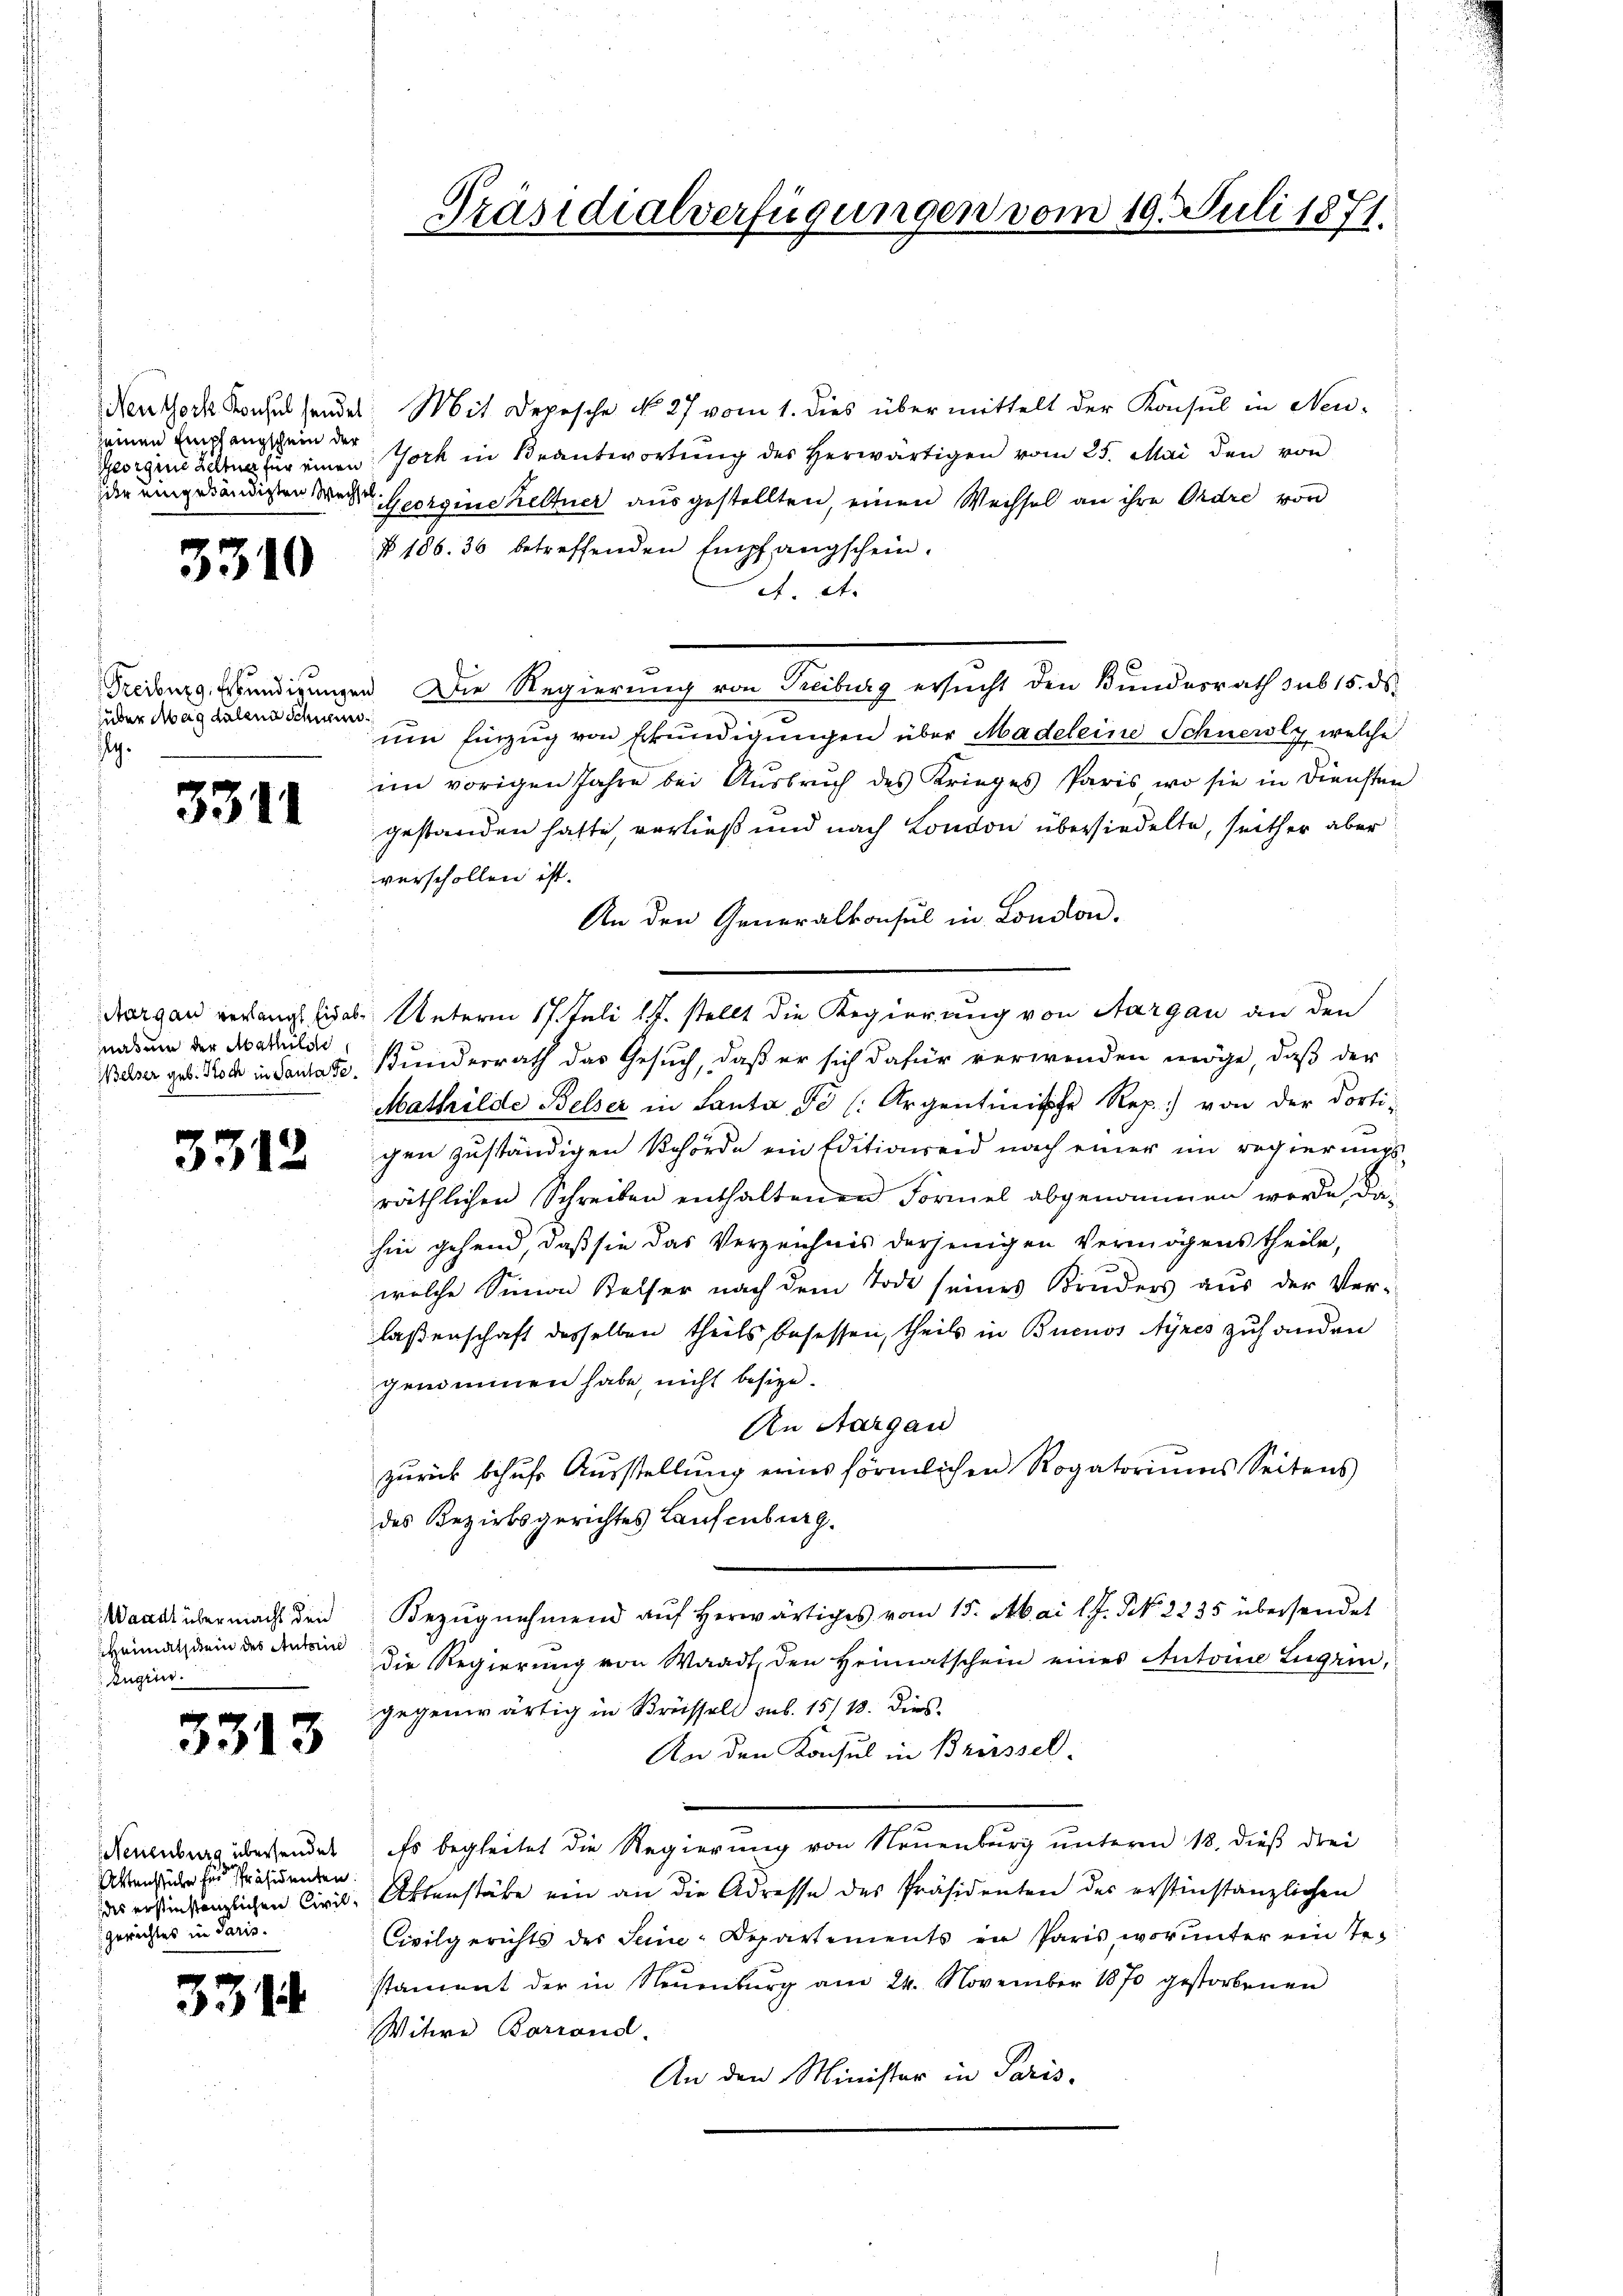
Nentork Konsul sendet
seinen Empfangschein der
Georgine Zeltner für einen
der eingehändigten Wechse

3310

Freiburg, Erkundigungen
über Magdalend Schnei¬
I.

3314

Aargau verlangt Eid abnahme der Mathilde
Welser geb. Koch in Santa de

3312.

Wandl über macht den
Heimatschein des Autorin
Zugin.

3313

Neuenburg übersendet
Aktenstücke für Präsidenten.
des erstinstanzlichen Civil¬
Gerichtes in Paris.

331

¬

Präsidialverfügungen vom 19. Juli 1871.

Mit Depesche No. 27 vom 1. dies übermittelt der Konsul in Neu¬
York in Beantwortung des Herwärtigen vom 25. Mai den von
Georgineheltner ausgestellten, einen Wechsel an ihre Ordre von
§ 106. 36 betreffenden Empfangschein.
A. et.
Die Regierung von Treiburg ersucht den Bundesrath sub 15. ds.
um Einzug von Erkundigungen über Madeleine Schneidly welche
im vorigen Jahre bei Ausbruch des Krieges Paris, wo sie in Diensten
gestanden hatte, verließ und nach London übersiedelte, seither aber
verschollen ist.
An den Generalkonsul in London.
Unterm 17. Juli l.J. stellt die Regierung von Aargau an den
Bunderrath das Gesuch, daß er sich dafür verwenden möge, daß der
Mathilde Belser in Santa, To (Argentinische Rep.) von der dorti-
gen zuständigen Behörde ein Editionseid nach einer im regierungsräthlichen Schreiben enthaltenen Formel abgenommen werde, diein gehend, daß sie das Verzeichnis derjenigen Vermögens theile,
welche Simon Keller nach dem Tode seines Kinders aus der Ver-
laßenschaft desselben theils besessen, theils in Buenos Ayres zuhanden
genommen habe, nicht besize.
An Aargau
zurück behufs Ausstellung eines förmlichen Rogatoriums Seitens
des Bezirksgerichtes Laufenburg.
Bezugnahmend auf herwärtiges vom 15. Mai lJ. N. 2235 übersendet
die Regierung von Waadt, den Heimatschein eines Antoine Lugrin,
gegenwärtig in Brüssel sub. 15/18. dies
An den Konsul in Brüssel.
.
Es begleitet die Regierung von Neuenburg unterm 18. dieß drei
Aktenstäbe ein an die Adresse des Präsidenten der erstinstanzlichen
Civilgerichts des Seine-Departements in Paris, worunter ein Testament der in Neuenburg am 24. November 1870 gestorbenen
Witwe Borrond.
An den Minister in Paris